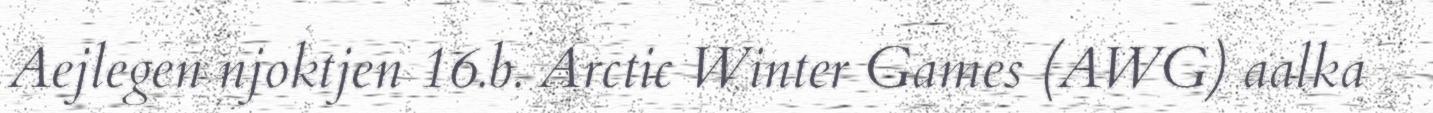
Aejlegen njoktjen 16.b. Arctic Winter Games (AWG) aalka